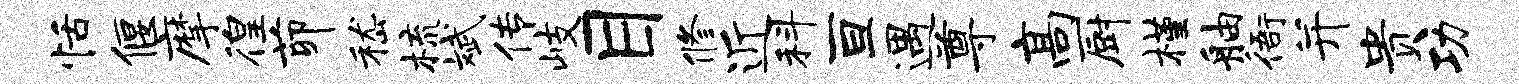
恬偃摩徨茆嵇梳斌传岐目修近科亘遇尊高厨槿舳衙并贵功